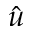
\hat { u }